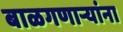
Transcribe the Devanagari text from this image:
बाळगणाऱ्यांना